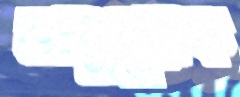
অনুপূরক